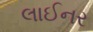
લાઈનર